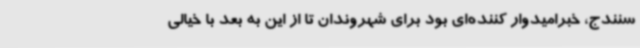
سنندج، خبرامیدوار کننده‌ای بود برای شهروندان تا از این به بعد با خیالی